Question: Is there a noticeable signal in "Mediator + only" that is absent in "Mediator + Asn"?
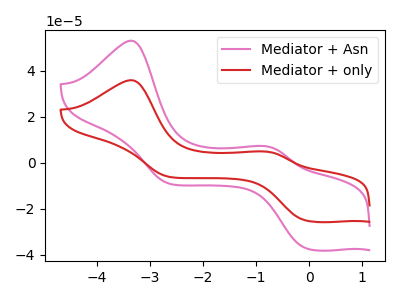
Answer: <think>The pink curve "Mediator + Asn" has anodic peaks at (-3.35V, 53.05uA) (-0.85V, 7.20uA) and cathodic peaks at (-0.05V, -37.25uA) (-2.65V, -9.00uA). The red curve "Mediator + only" has anodic peaks at (-3.35V, 35.85uA) (-0.85V, 4.85uA) and cathodic peaks at (-0.05V, -25.15uA) (-2.65V, -6.10uA).
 All the peaks in "Mediator + only" have a peak in "Mediator + Asn" at the same potential. Every peak in "Mediator + only" is lower than every peak in "Mediator + Asn".</think>
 <answer>No, "Mediator + only" and "Mediator + Asn" don't appear to be significantly different in shape</answer>
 <eval>no_change</eval>